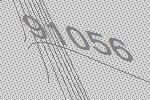
91056